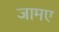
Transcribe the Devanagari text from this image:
जामए